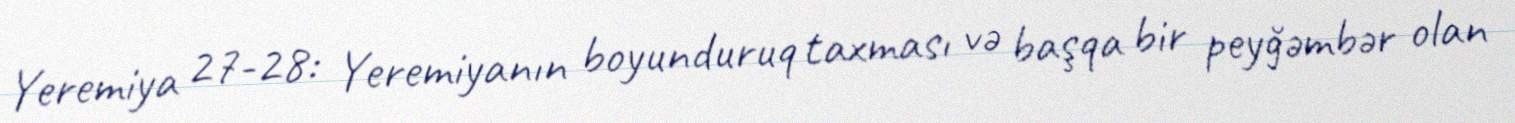
Yeremiya 27-28: Yeremiyanın boyunduruq taxması və başqa bir peyğəmbər olan